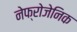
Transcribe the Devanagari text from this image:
नेफ्रोजेनिक